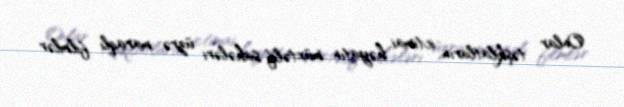
Onlar təşkilatların ictimai həyatın müxtəlif sahələri üzrə maraqlı filmlər